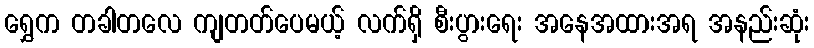
ရွှေက တခါတလေ ကျတတ်ပေမယ့် လက်ရှိ စီးပွားရေး အနေအထားအရ အနည်းဆုံး